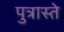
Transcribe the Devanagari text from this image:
पुत्रास्ते